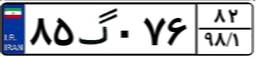
۸۵گ۰۷۶۸۲